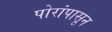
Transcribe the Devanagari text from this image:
पोरांपासून